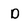
Character: D